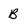
Character: B